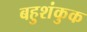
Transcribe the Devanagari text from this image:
बहुशंकुक